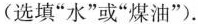
(选填”水”或”煤油”)。